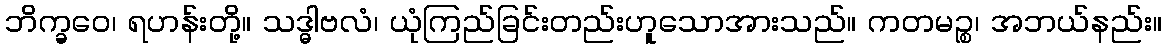
ဘိက္ခဝေ၊ ရဟန်းတို့။ သဒ္ဓါဗလံ၊ ယုံကြည်ခြင်းတည်းဟူသောအားသည်။ ကတမဉ္စ၊ အဘယ်နည်း။